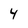
Character: 4